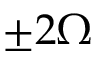
\pm 2 \Omega